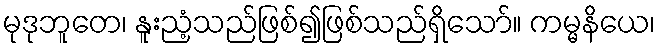
မုဒုဘူတေ၊ နူးညံ့သည်ဖြစ်၍ဖြစ်သည်ရှိသော်။ ကမ္မနိယေ၊